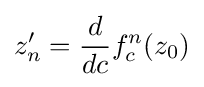
z_{n}'={\frac {d}{dc}}f_{c}^{n}(z_{0})